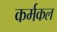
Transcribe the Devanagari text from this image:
कर्मकल